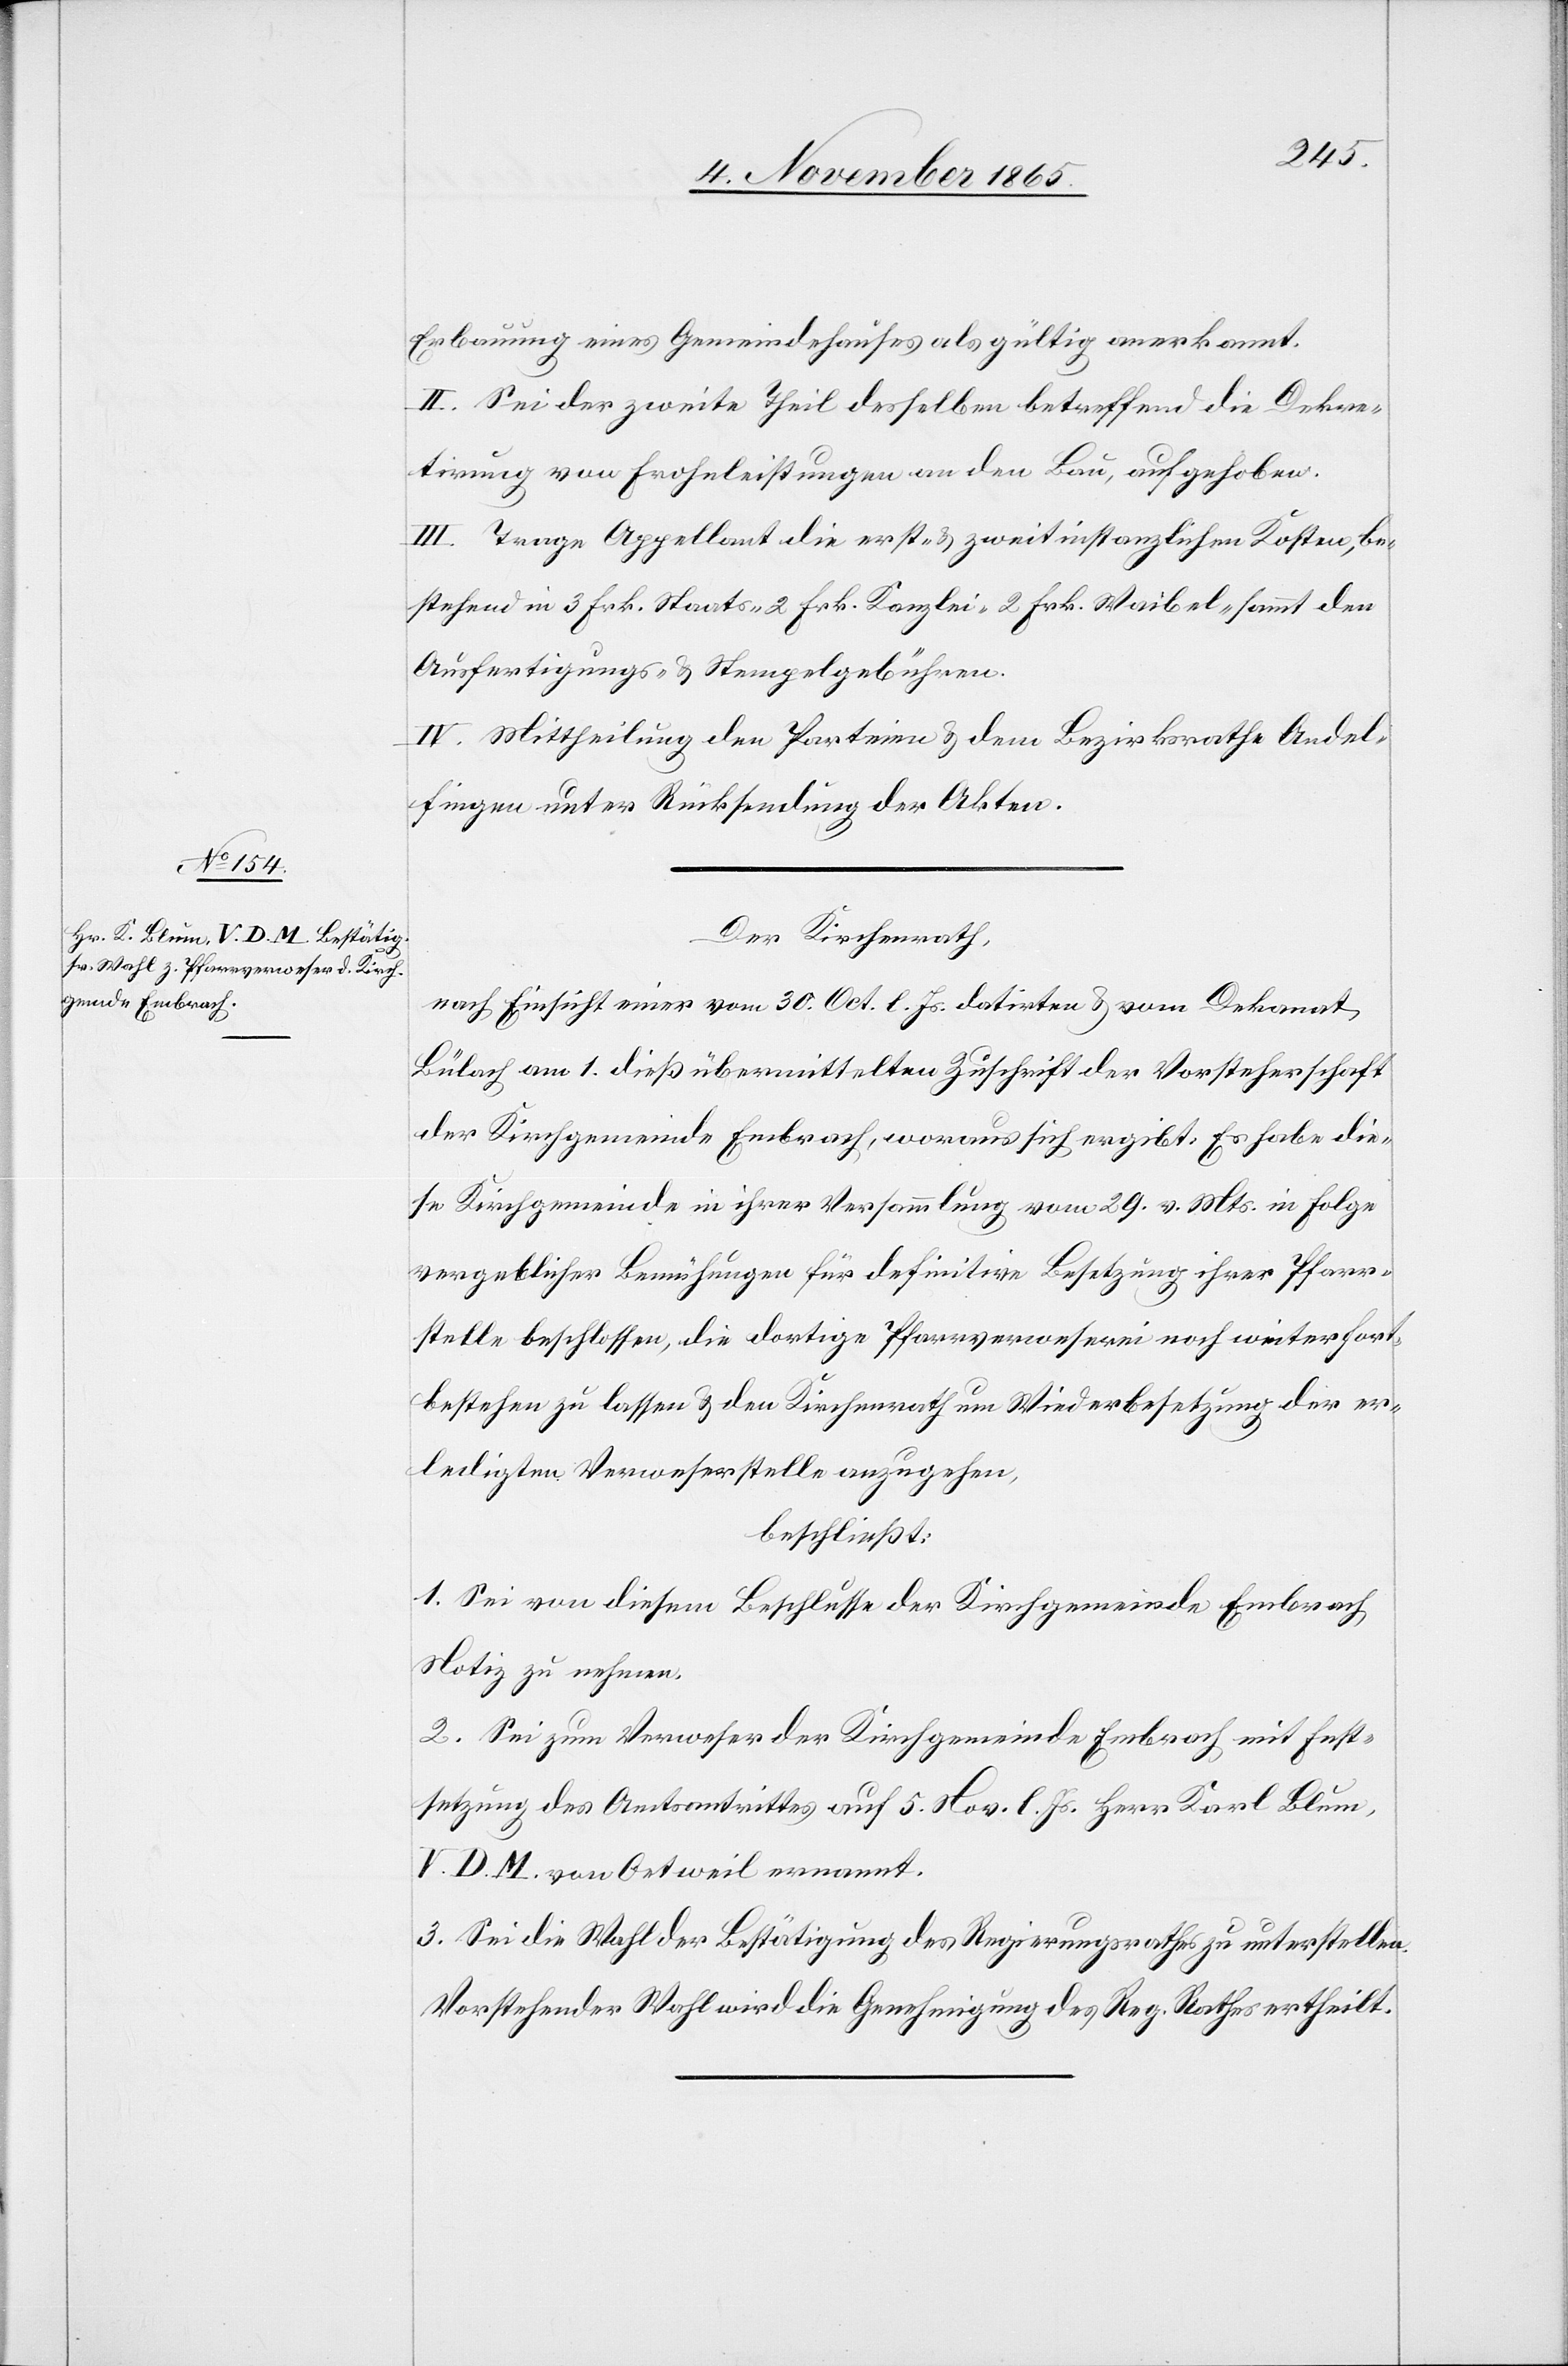
Erbauung eines Gemeindehauses als gültig anerkannt.
II. Sei der zweite Theil desselben betreffend die Dekre¬
tirung von Frohnleistungen an den Bau, aufgehoben.
III. Trage Appellant die erst- & zweitinstanzlichen Kosten, be¬
stehend in 3 Frk. Staats-[,] 2 Frk. Kanzlei-[,] 2 Frk. Waibel- sammt den
Ausfertigungs- und Stempelgebühren.
IV. Mittheilung den Parteien & dem Bezirksrathe Andel¬
fingen unter Rückstellung der Akten.
Der Kirchenrath,
nach Einsicht einer vom 30. Oct. l. Js. datirten & vom Dekanat
Bülach am 1. dieß übermittelten Zuschrift der Vorsteherschaft
der Kirchgemeinde Embrach, woraus sich ergibt: Es habe die¬
se Kirchgemeinde in ihrer Versammlung vom 29. v. Mts. in Folge
vergeblicher Bemühungen für definitive Besetzung ihrer Pfarr¬
stelle beschlossen, die dortige Pfarrverweserei noch weiter fort¬
bestehen zu lassen & den Kirchenrath um Wiederbesetzung der er¬
ledigten Verweserstelle anzugehen,
beschließt:
1. Sei von diesem Beschlusse der Kirchgemeinde Embrach
Notiz zu machen.
2. Sei zum Verweser der Kirchgemeinde Embrach mit Fest¬
setzung des Amtsantrittes auf 5. Nov. l. Js. Herr Karl Blum,
V. D. M. von Oetweil ernannt.
3. Sei die Wahl der Bestätigung des Regierungsrathes zu unterstellen.
Vorstehender Wahl wird die Genehmigung des Reg. Rathes ertheilt.